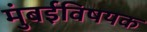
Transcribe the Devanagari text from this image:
मुंबईविषयक